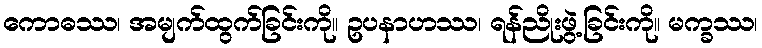
ကောဓဿ၊ အမျက်ထွက်ခြင်းကို။ ဥပနာဟဿ၊ ရန်ညိုးဖွဲ့ခြင်းကို။ မက္ခဿ၊